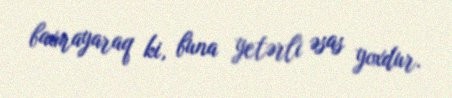
baxmayaraq ki, buna yetərli əsas yoxdur.